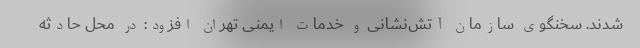
شدند. سخنگوی سازمان آتش‌نشانی و خدمات ایمنی تهران افزود: در محل حادثه